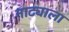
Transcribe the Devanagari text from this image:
नाट्याला